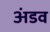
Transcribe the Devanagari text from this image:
अंडव